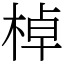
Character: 棹